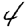
Digit: 4